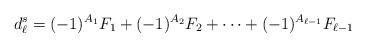
LaTeX: \begin{align*}d_\ell^s=(-1)^{A_1}F_1+(-1)^{A_2}F_2+\dots+(-1)^{A_{\ell-1}}F_{\ell-1}\end{align*}